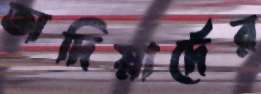
অদিয়ার্দের